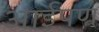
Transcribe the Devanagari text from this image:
आईपण